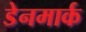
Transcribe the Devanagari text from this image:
डेेनमार्क